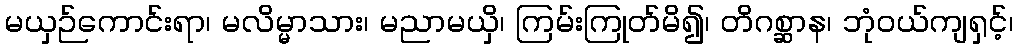
မယှဉ်ကောင်းရာ၊ မလိမ္မာသား၊ မညာမယှိ၊ ကြမ်းကြုတ်မိ၍၊ တိဂစ္ဆာန၊ ဘုံဝယ်ကျရှင့်၊